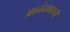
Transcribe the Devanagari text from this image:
आनंदवादाची